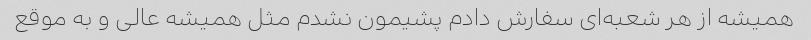
همیشه از هر شعبه‌ای سفارش دادم پشیمون نشدم مثل همیشه عالی و به موقع